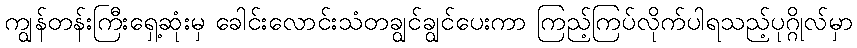
ကျွန်တန်းကြီးရှေ့ဆုံးမှ ခေါင်းလောင်းသံတချွင်ချွင်ပေးကာ ကြည့်ကြပ်လိုက်ပါရသည့်ပုဂ္ဂိုလ်မှာ